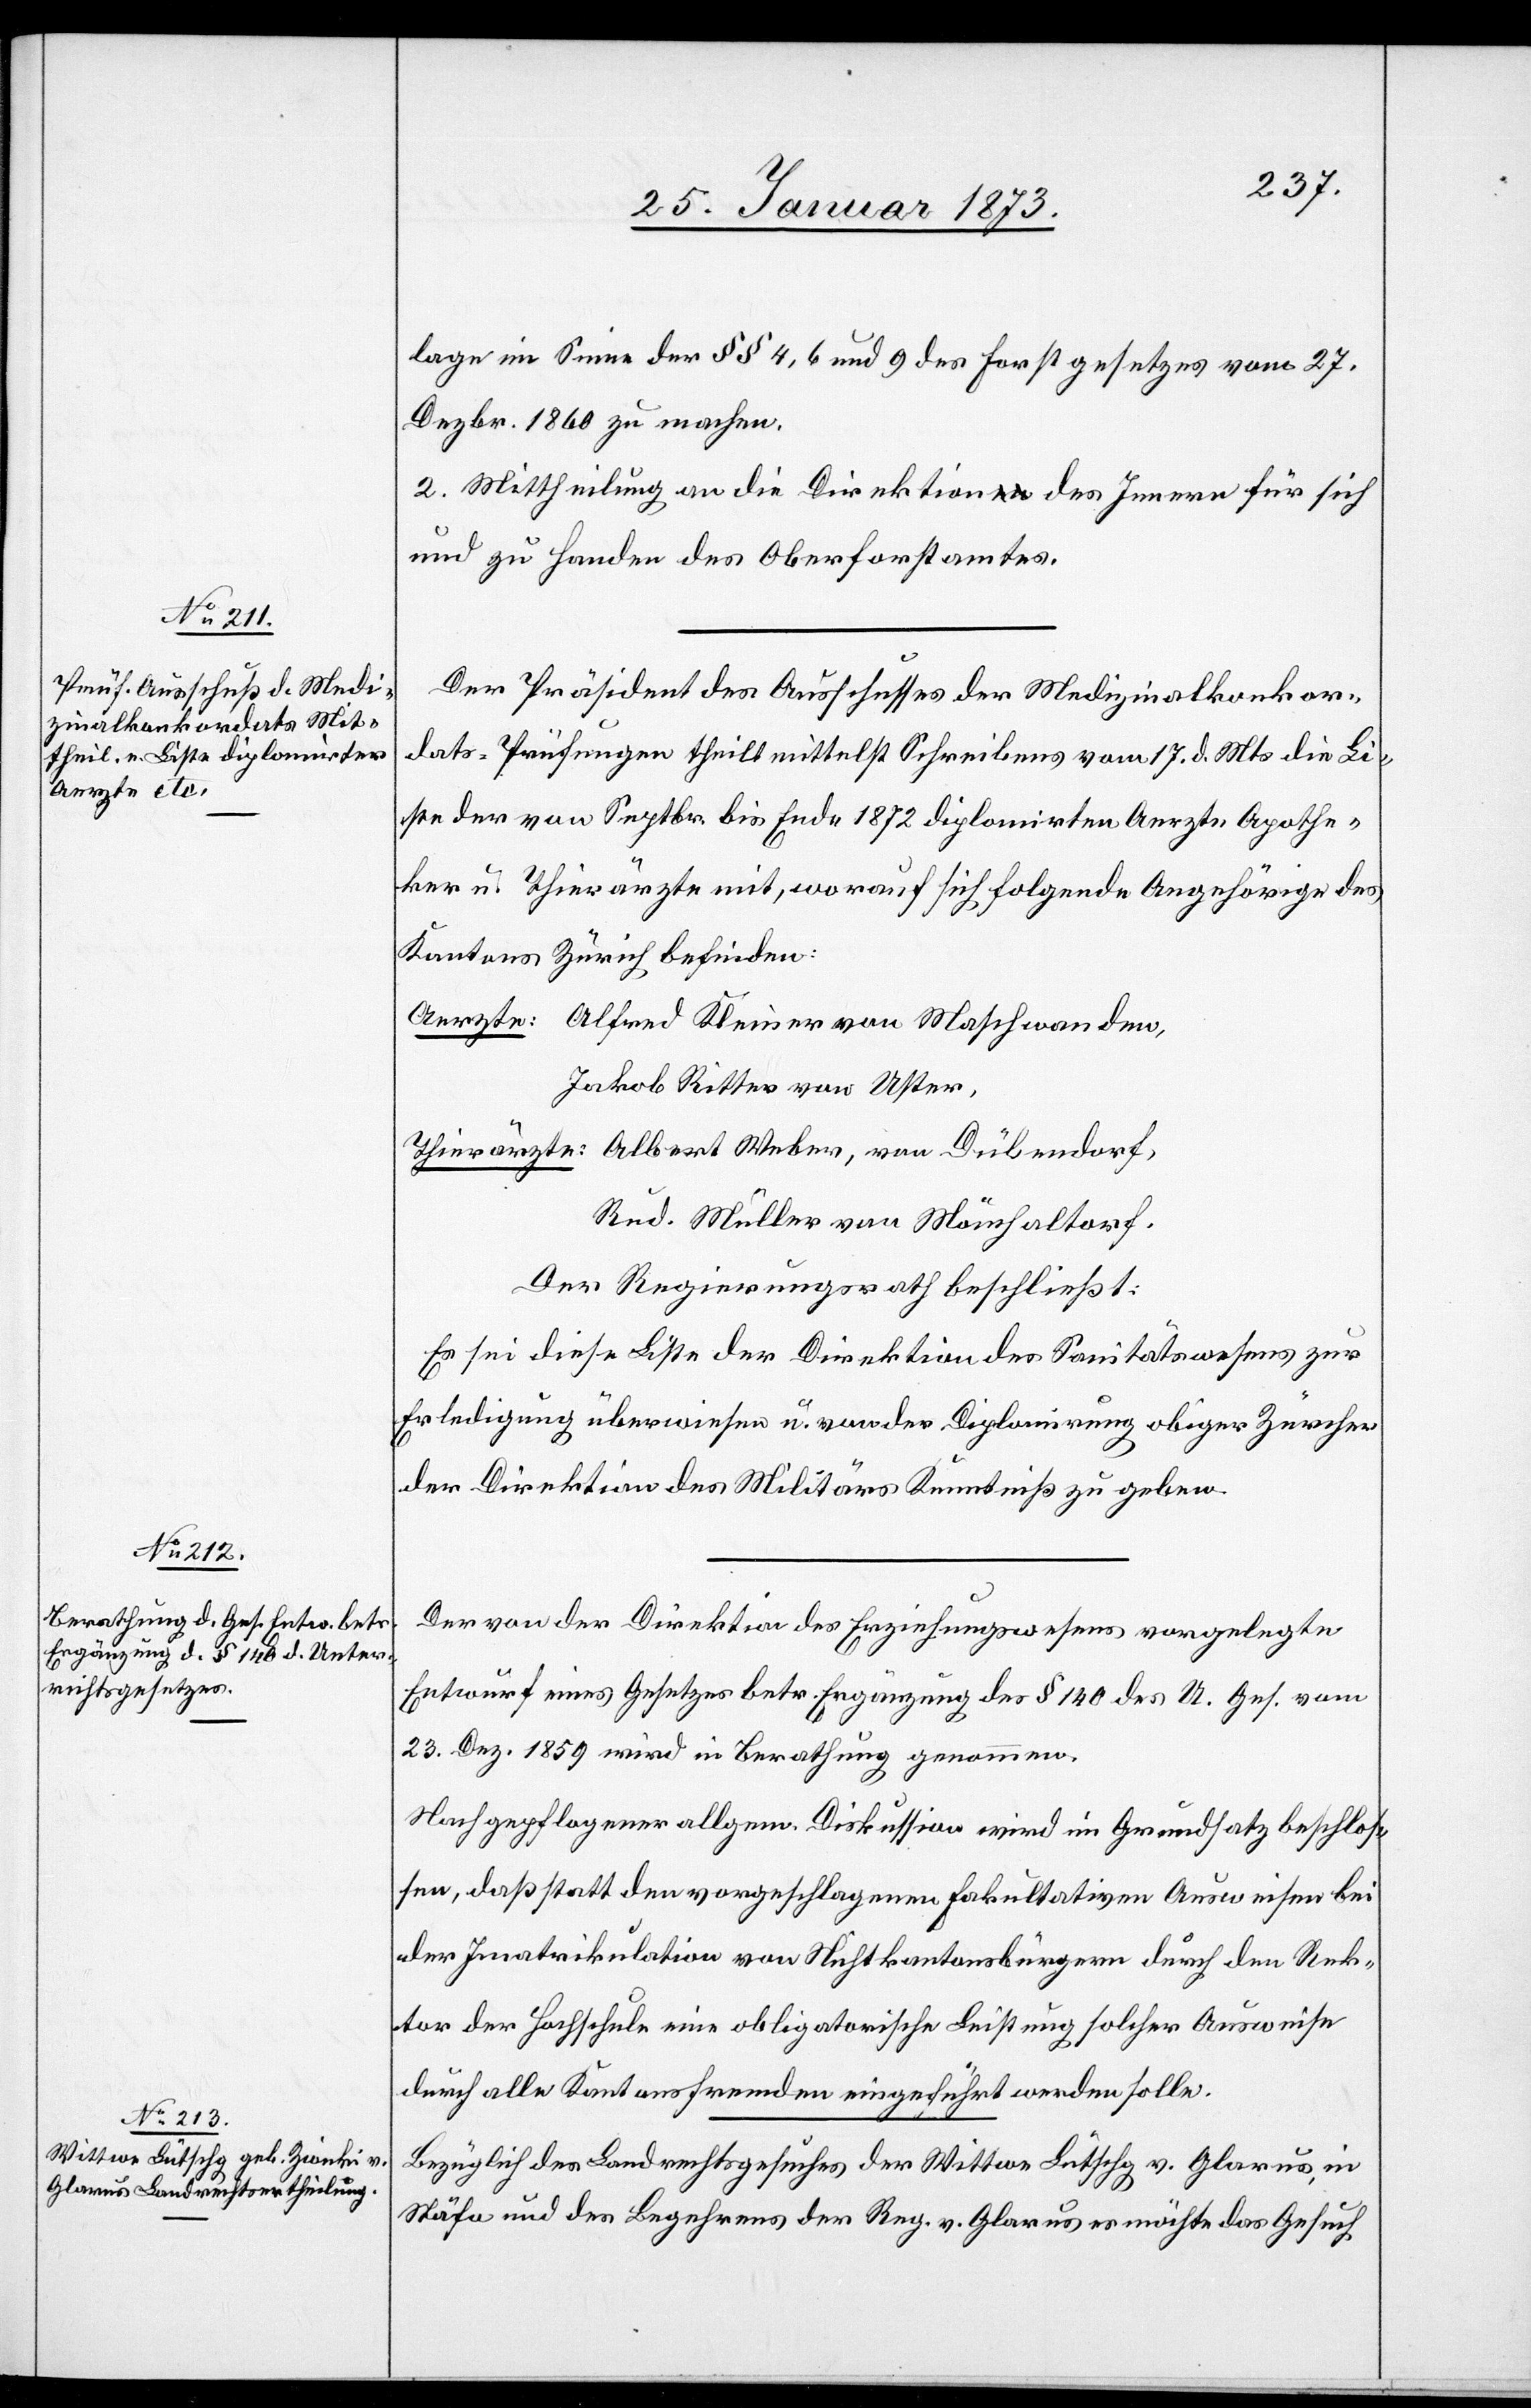
lage im Sinne der § § 4, 6 und 9 des Forstgesetzes vom 27.
Dezbr. 1868 zu machen.
2. Mittheilung an die Direktion des Innern für sich
und zu Handen des Oberforstamtes.
Der Präsident des Ausschusses der Medizinalkonkor¬
dats-Prüfungen theilt mittelst Schreibens vom 17. d. Mts die Li¬
ste der von Septr. bis Ende 1872 diplomirten Aerzte[,] Apothe¬
ker u. Thierärzte mit, worauf sich folgende Angehörige des
Kantons Zürich befinden:
Aerzte: Alfred Kleiner von Maschwanden,
Jakob Ritter von Uster,
Thierärzte: Albert Weber, von Dübendorf,
Rud. Müller von Mönchaltorf.
Der Regierungsrath beschließt:
Es sei diese Liste der Direktion des Sanitätswesens zur
Erledigung überwiesen u. von der Diplomirung obiger Zürcher
der Direktion des Militärs Kenntniß zu geben.
Der von der Direktion des Erziehungswesens vorgelegte
Entwurf eines Gesetzes betr. Ergänzung des § 140 des U. Ges. vom
23. Dez. 1859 wird in Berathung genommen.
Nach gepflogener allgem. Diskussion wird im Grundsatz beschlos¬
sen, daß statt den vorgeschlagenen fakultativen Ausweisen bei
der Imatrikulation von Nichtkantonsbürgern durch den Rek¬
tor der Hochschule eine obligatorische Leistung solcher Ausweise
durch alle Kantonsfremden eingeführt werden solle.
Bezüglich des Landrechtsgesuches der Wittwe Lütschg v. Glarus, in
Stäfa und des Begehrens der Reg. v. Glarus es möchte das Gesuch